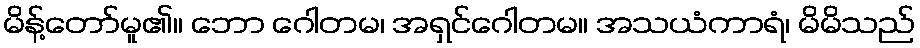
မိန့်တော်မူ၏။ ဘော ဂေါတမ၊ အရှင်ဂေါတမ။ အသယံကာရံ၊ မိမိသည်